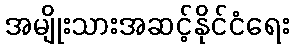
အမျိုးသားအဆင့်နိုင်ငံရေး